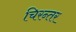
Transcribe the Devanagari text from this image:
चिरन्तर